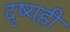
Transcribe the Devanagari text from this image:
दृष्यही